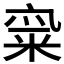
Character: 𱹂